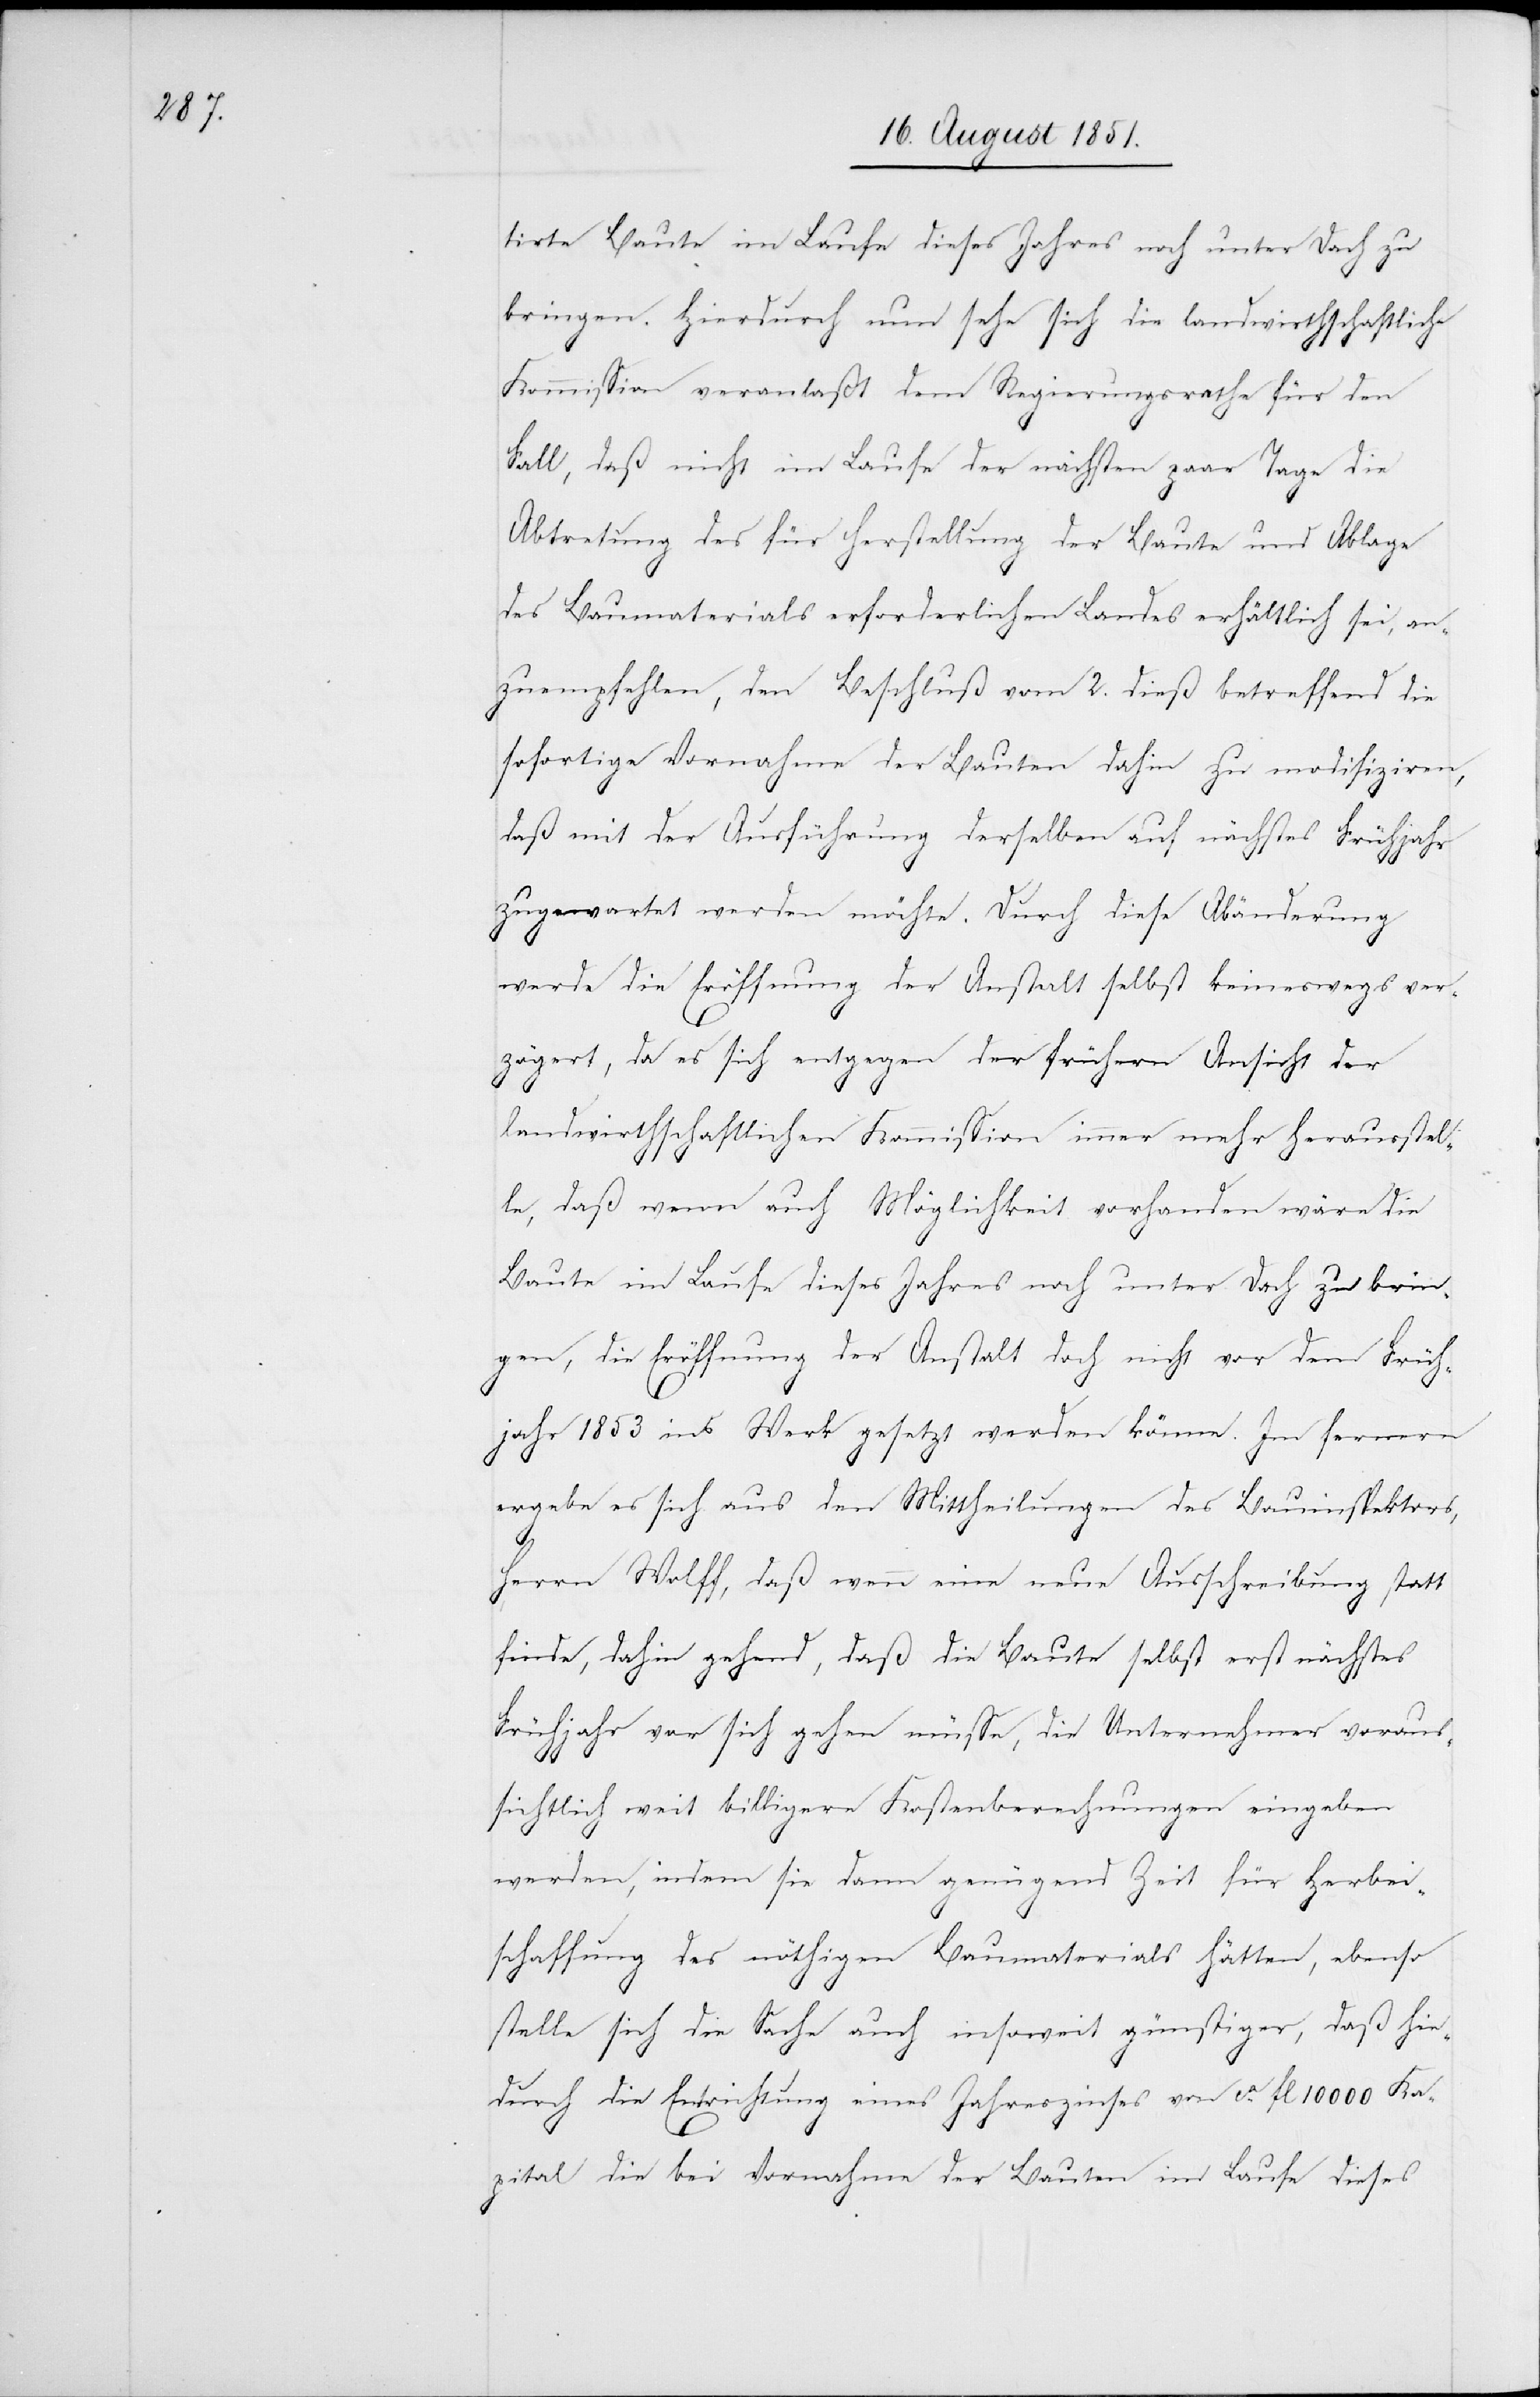
tirte Baute im Laufe dieses Jahres noch unter Dach zu
bringen. Hierdurch nun sehe sich die landwirthschaftliche
Kommission veranlaßt dem Regierungsrathe für den
Fall, daß nicht im Laufe der nächsten paar Tage die
Abtretung des für Herstellung der Baute und Ablage
des Baumaterials erforderlichen Landes erhältlich sei, an¬
zuempfehlen, den Beschluß vom 2. dieß betreffend die
sofortige Vornahme der Bauten dahin zu modifiziren,
daß mit der Ausführung derselben auf nächstes Frühjahr
zugewartet werden möchte. Durch diese Abänderung
werde die Eröffnung der Anstalt selbst keineswegs ver¬
zögert, da es sich entgegen der frühern Ansicht der
landwirthschaftlichen Kommission immer mehr herausstel¬
le, daß wenn auch Möglichkeit vorhanden wäre die
Baute im Laufe dieses Jahres noch unter Dach zu brin¬
gen, die Eröffnung der Anstalt doch nicht vor dem Früh¬
jahr 1853 ins Werk gesetzt werden könne. Im fernern
ergebe es sich aus den Mittheilungen des Bauinspektors,
Herrn Wolff, daß wenn eine neue Ausschreibung statt
finde, dahin gehend, daß die Baute selbst erst nächstes
Frühjahr vor sich gehen müsse, die Unternehmer voraus¬
sichtlich weit billigere Kostenberechnungen eingeben
werden, indem sie dann genügend Zeit für Herbei¬
schaffung des nöthigen Baumaterials hätten, ebenso
stelle sich die Sache auch insoweit günstiger, daß hie¬
durch die Entrichtung eines Jahreszinses von ca. fl 10 000 Ka¬
pital die bei Vornahme der Bauten im Laufe dieses